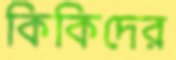
কিকিদের